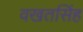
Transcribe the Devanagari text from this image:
वखतसिंह